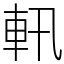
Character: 軐